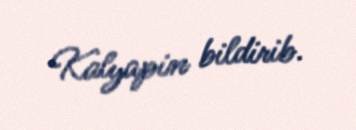
Kalyapin bildirib.